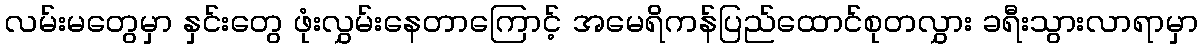
လမ်းမတွေမှာ နှင်းတွေ ဖုံးလွှမ်းနေတာကြောင့် အမေရိကန်ပြည်ထောင်စုတလွှား ခရီးသွားလာရာမှာ